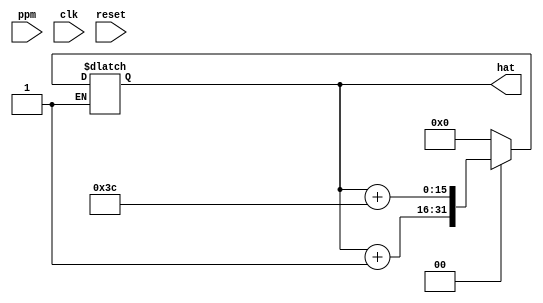
`timescale 1ns / 1ps
//////////////////////////////////////////////////////////////////////////////////
// Company: 
// Engineer: 
// 
// Design Name: 
// Module Name: HighActivityTracker
// Project Name: 
// Target Devices: 
// Tool Versions: 
// Description: 
// 
// Dependencies: 
// 
// Revision:
// Revision 0.01 - File Created
// Additional Comments:
// 
//////////////////////////////////////////////////////////////////////////////////


module HighActivityTracker(
input [9:0]ppm,
input clk, // 1 sec clock
input reset,//start,
output [15:0]hat // high activity time
    );
    
    reg [8:0] temphpc=0 ;  //temporary high pulse counter 
    reg [15:0] ohpc=0;  // overall high pulse counter
    reg[2:0] s =0; // state
    reg[2:0] ns =0; // next state
    reg update=0;

    assign hat = ohpc;

always@(reset)begin
    temphpc=0;
    end

always @(posedge clk)begin
     s=ns;
     update=!update;
 end
    
always@(reset,ppm, s, update)
    begin
        case(s)
            3'b000: begin
            temphpc <=0;
            if(!reset)
            begin
                    if(ppm < 9'd64)
                        ns <= 0;
                    else
                        ns <= 1;
                end
             else ns <= 3;
             end
            3'b001: begin
                    if( !reset) // reset not asserted
                    begin
                    temphpc <= temphpc +1;
                     if(temphpc >= 9'd60 && ppm >= 9'd64) // if its been 60, go to state 2, add 60 to the overal hpc   
                               ns <= 4; // goes to add 60                
                        else if(temphpc < 9'd60 && ppm >= 9'd64) // if it hasn't been 60 seconds yet, keep it there           
                                ns <= 1;
                        else if (ppm < 9'd64) // if the pulse rate drops, go back to 0
                            ns <=0;
                     end      
                     else 
                     ns <= 3; // go to the reset state if reset asserted

                     end     
                         
            3'b010: begin
                    if(!reset)
                        begin
                        ohpc <= ohpc+1;
                            if(ppm >= 9'd64)
                                    ns <= 2;
                             else
                                ns <=0;
                        end
                     else begin
                        ns <= 3;
                        ohpc=ohpc;
                    end
                end
                              
            3'b011: begin
                ohpc <= 0;
                temphpc <= 0;
                ns <= 0;
                end
                
            3'b100: begin
                ohpc <= ohpc + 60;
                if(ppm>= 9'd64)
                    ns <= 2;
                else
                    ns <= 0;
                 end
            default: begin
                s=0;
                ns=0;
                temphpc=0;
                ohpc=0;
            end                           
                endcase
                
                end
   
endmodule